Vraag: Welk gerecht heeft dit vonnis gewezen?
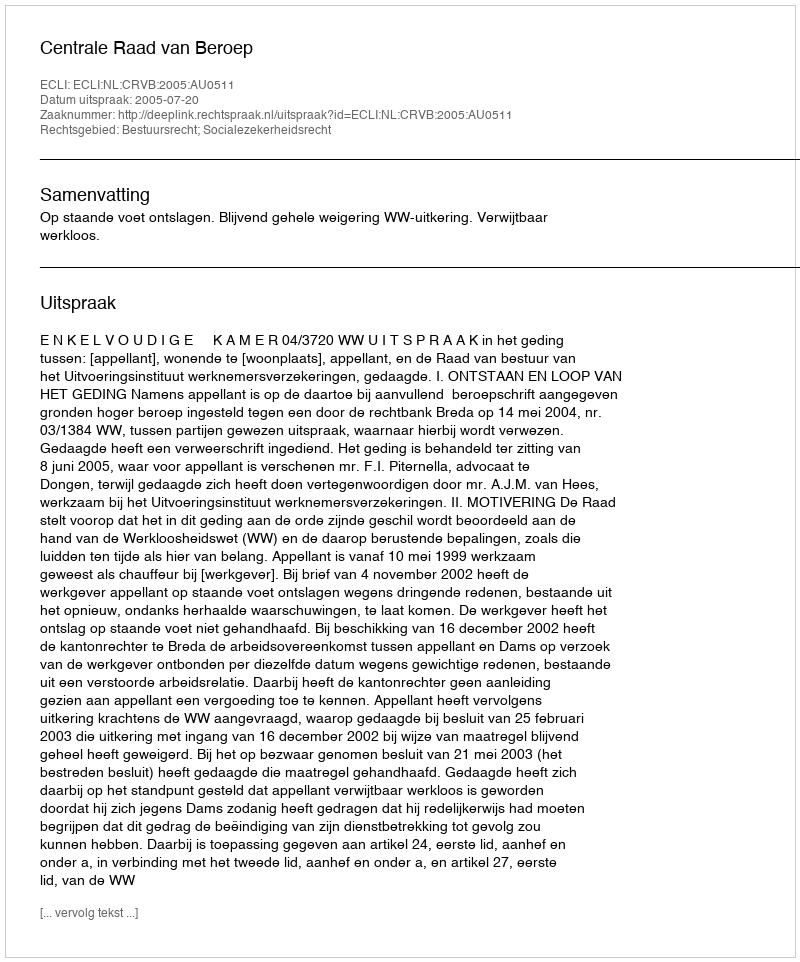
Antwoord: Centrale Raad van Beroep